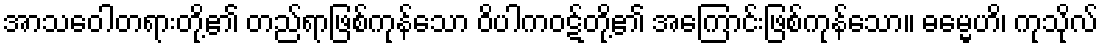
အာသဝေါတရားတို့၏ တည်ရာဖြစ်ကုန်သော ဝိပါကဝဋ်တို့၏ အကြောင်းဖြစ်ကုန်သော။ ဓမ္မေဟိ၊ ကုသိုလ်